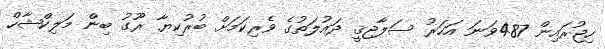
ހިޖުރައިން 487ވަނަ އަހަރު ސަލާޖިޤީ ދައުލަތުގެ ވެރިކަމަށް ބުރުކިޔާ ރޫގު ބިން މަލިކްޝާހް